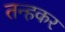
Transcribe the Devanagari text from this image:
तन्हकर